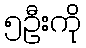
၅ဦးကို